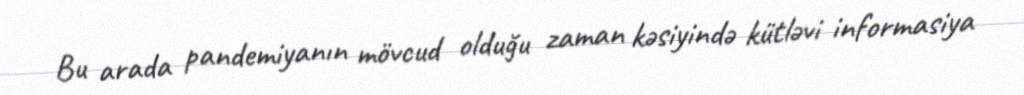
Bu arada pandemiyanın mövcud olduğu zaman kəsiyində kütləvi informasiya